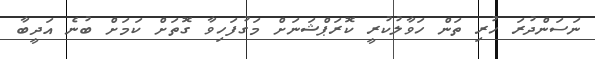
ނަސަންދުރަ ހުރި ތަން ހަވާލުކުރީ ކޮރަޕްޝަނަށް މަގުފަހިވާ ގޮތަށް ކަމަށް ބުނެ އަދީބާ